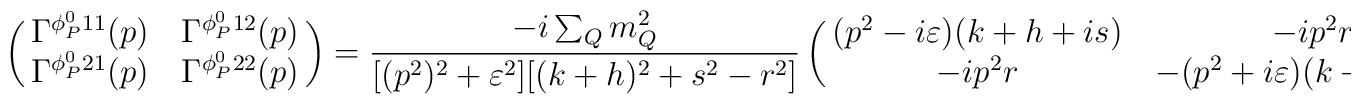
\left(\matrix{\Gamma^{\phi_P^011}(p)&\Gamma^{\phi_P^012}(p)\cr \Gamma^{\phi_P^021}(p)& \Gamma^{\phi_P^022}(p) \cr}\right)=\frac{-i\sum_{Q}m_Q^2}{[(p^2)^2+\varepsilon^2][(k+h)^2+s^2-r^2]}\left(\matrix{(p^2-i\varepsilon)(k+h+is)   &-ip^2r\cr   -ip^2r&     -(p^2+i\varepsilon)(k+h-is)\cr}\right)